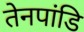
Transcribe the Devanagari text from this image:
तेनपांडि